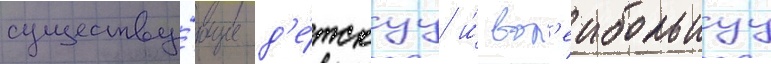
существу́ющие д'е́тскуу и́ вол'еибольнуу